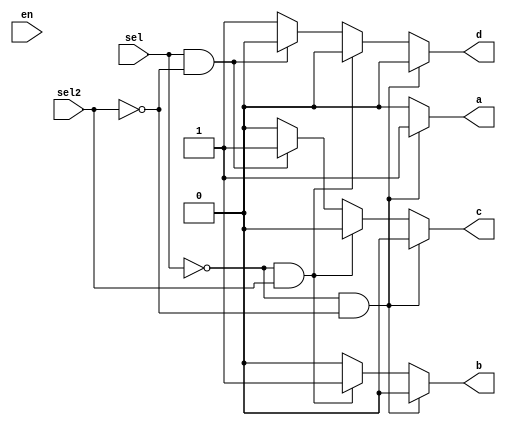
module decoderal( a,b,c,d , sel,sel2,en);
output a,b,c,d;
input sel,sel2,en;
reg a,b,c,d;
always @(a or b or c or d or sel or sel2 or en)
begin 
  if(!sel && !sel2)
     begin
      a=1;b=0;c=0;d=0;
	 end
	 else if(!sel && sel2)
	  begin
	   a=0;b=1;c=0;d=0;
	   end
	   else if(sel && !sel2)
	    begin
	    a=0;b=0;c=1;d=0;
		end
		
	 else
	  begin
	  a=0;b=0;c=0;d=1;
	  end
end
endmodule